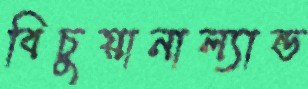
বিচুয়ানাল্যান্ড